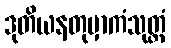
ဒုတိယနတုမှာကံသုတ္တံ